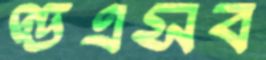
ণ্ডএসব